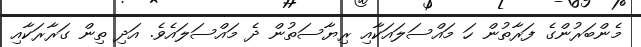
މެންބަރުންގެ ފަރާތުން ހަ މައްސަލައަކާއި ރިޔާސަތުން ދެ މައްސަލައެވެ. އަދި ތިން ގަރާރަކާއި